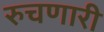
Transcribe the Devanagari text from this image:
रुचणारी